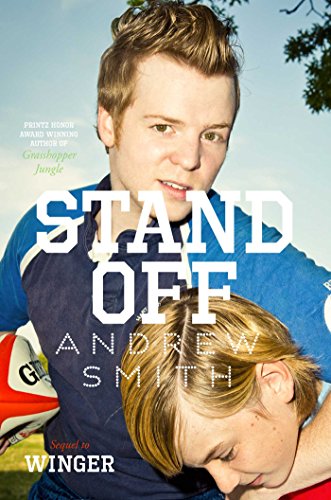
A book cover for Stand-Off; Andrew Smith; Teen & Young Adult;